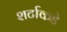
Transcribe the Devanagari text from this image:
शर्टाकडे